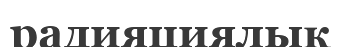
радияциялық